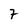
Character: 7